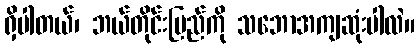
ရှိပါတယ်၊ ဘယ်တိုင်းပြည်ကို သဘောအကျဆုံးပါလဲ။